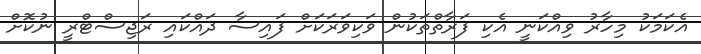
އެކަމަކު މިހާރު ވިއްކަނީ އެކި ފަރާތްތަކުން ވަކިވަރަކަށް ފައިސާ ދައްކައި ރަޖިސްޓްރީ ނުކޮށް